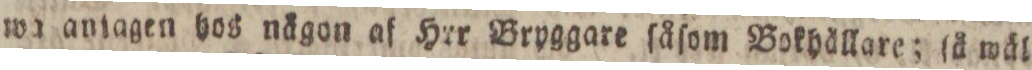
wa antagen hos nägon af Hrr Bryggare ſåſom Bokhällare; ſå wäl